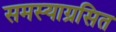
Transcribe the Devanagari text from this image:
समस्याग्रसित